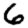
Digit: 6